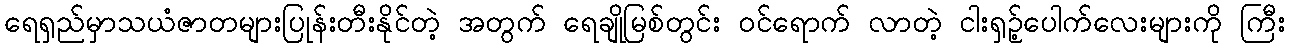
ရေရှည်မှာသယံဇာတများပြုန်းတီးနိုင်တဲ့ အတွက် ရေချိုမြစ်တွင်း ဝင်ရောက် လာတဲ့ ငါးရှဉ့်ပေါက်လေးများကို ကြီး